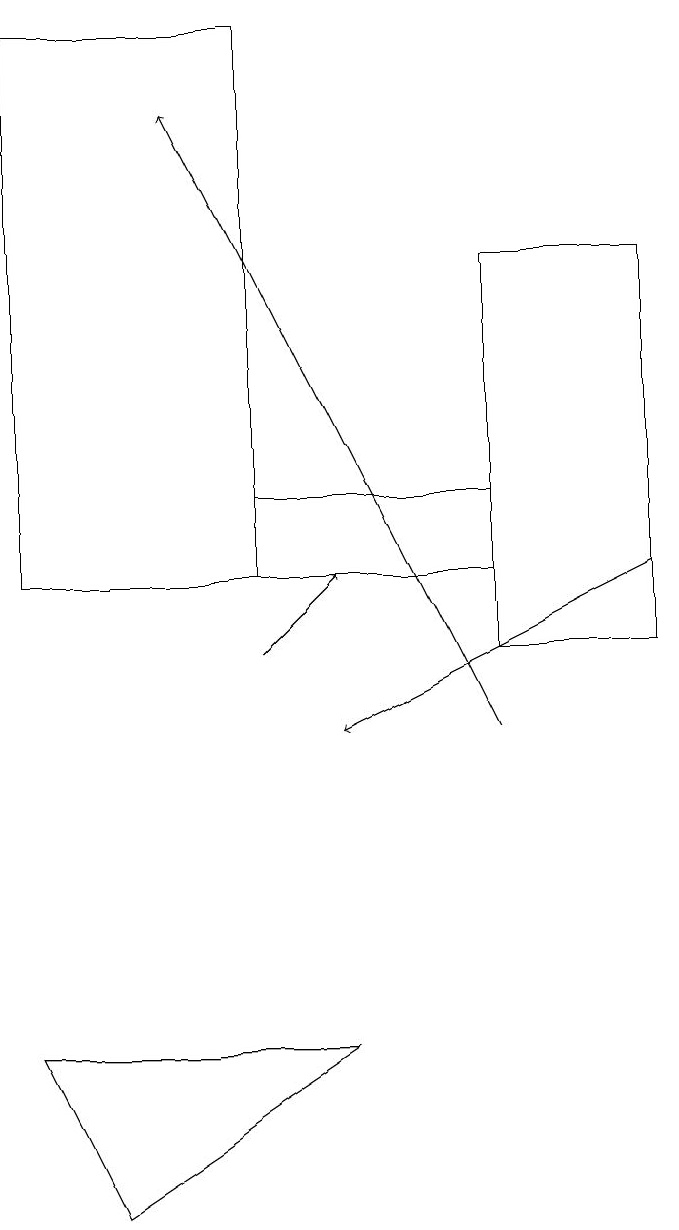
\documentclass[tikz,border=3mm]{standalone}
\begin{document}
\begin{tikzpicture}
\draw (1,6) -- (2,4) -- (5,6) -- cycle;
\draw[->] (9,12) -- (5,10);
\draw (4,19) rectangle (1,12);
\draw[->] (4,11) -- (5,12);
\draw (9,11) rectangle (7,16);
\draw (4,13) rectangle (7,12);
\draw[->] (7,10) -- (3,18);
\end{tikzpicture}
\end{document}